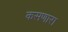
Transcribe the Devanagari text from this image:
कसणारा